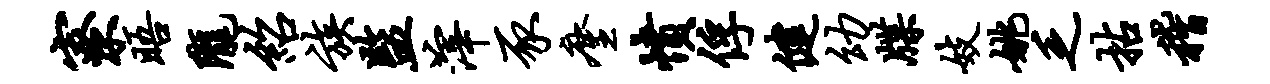
寮晤陇绍族监滓豕麈愤俘健幼牒妓姚乏拈稽